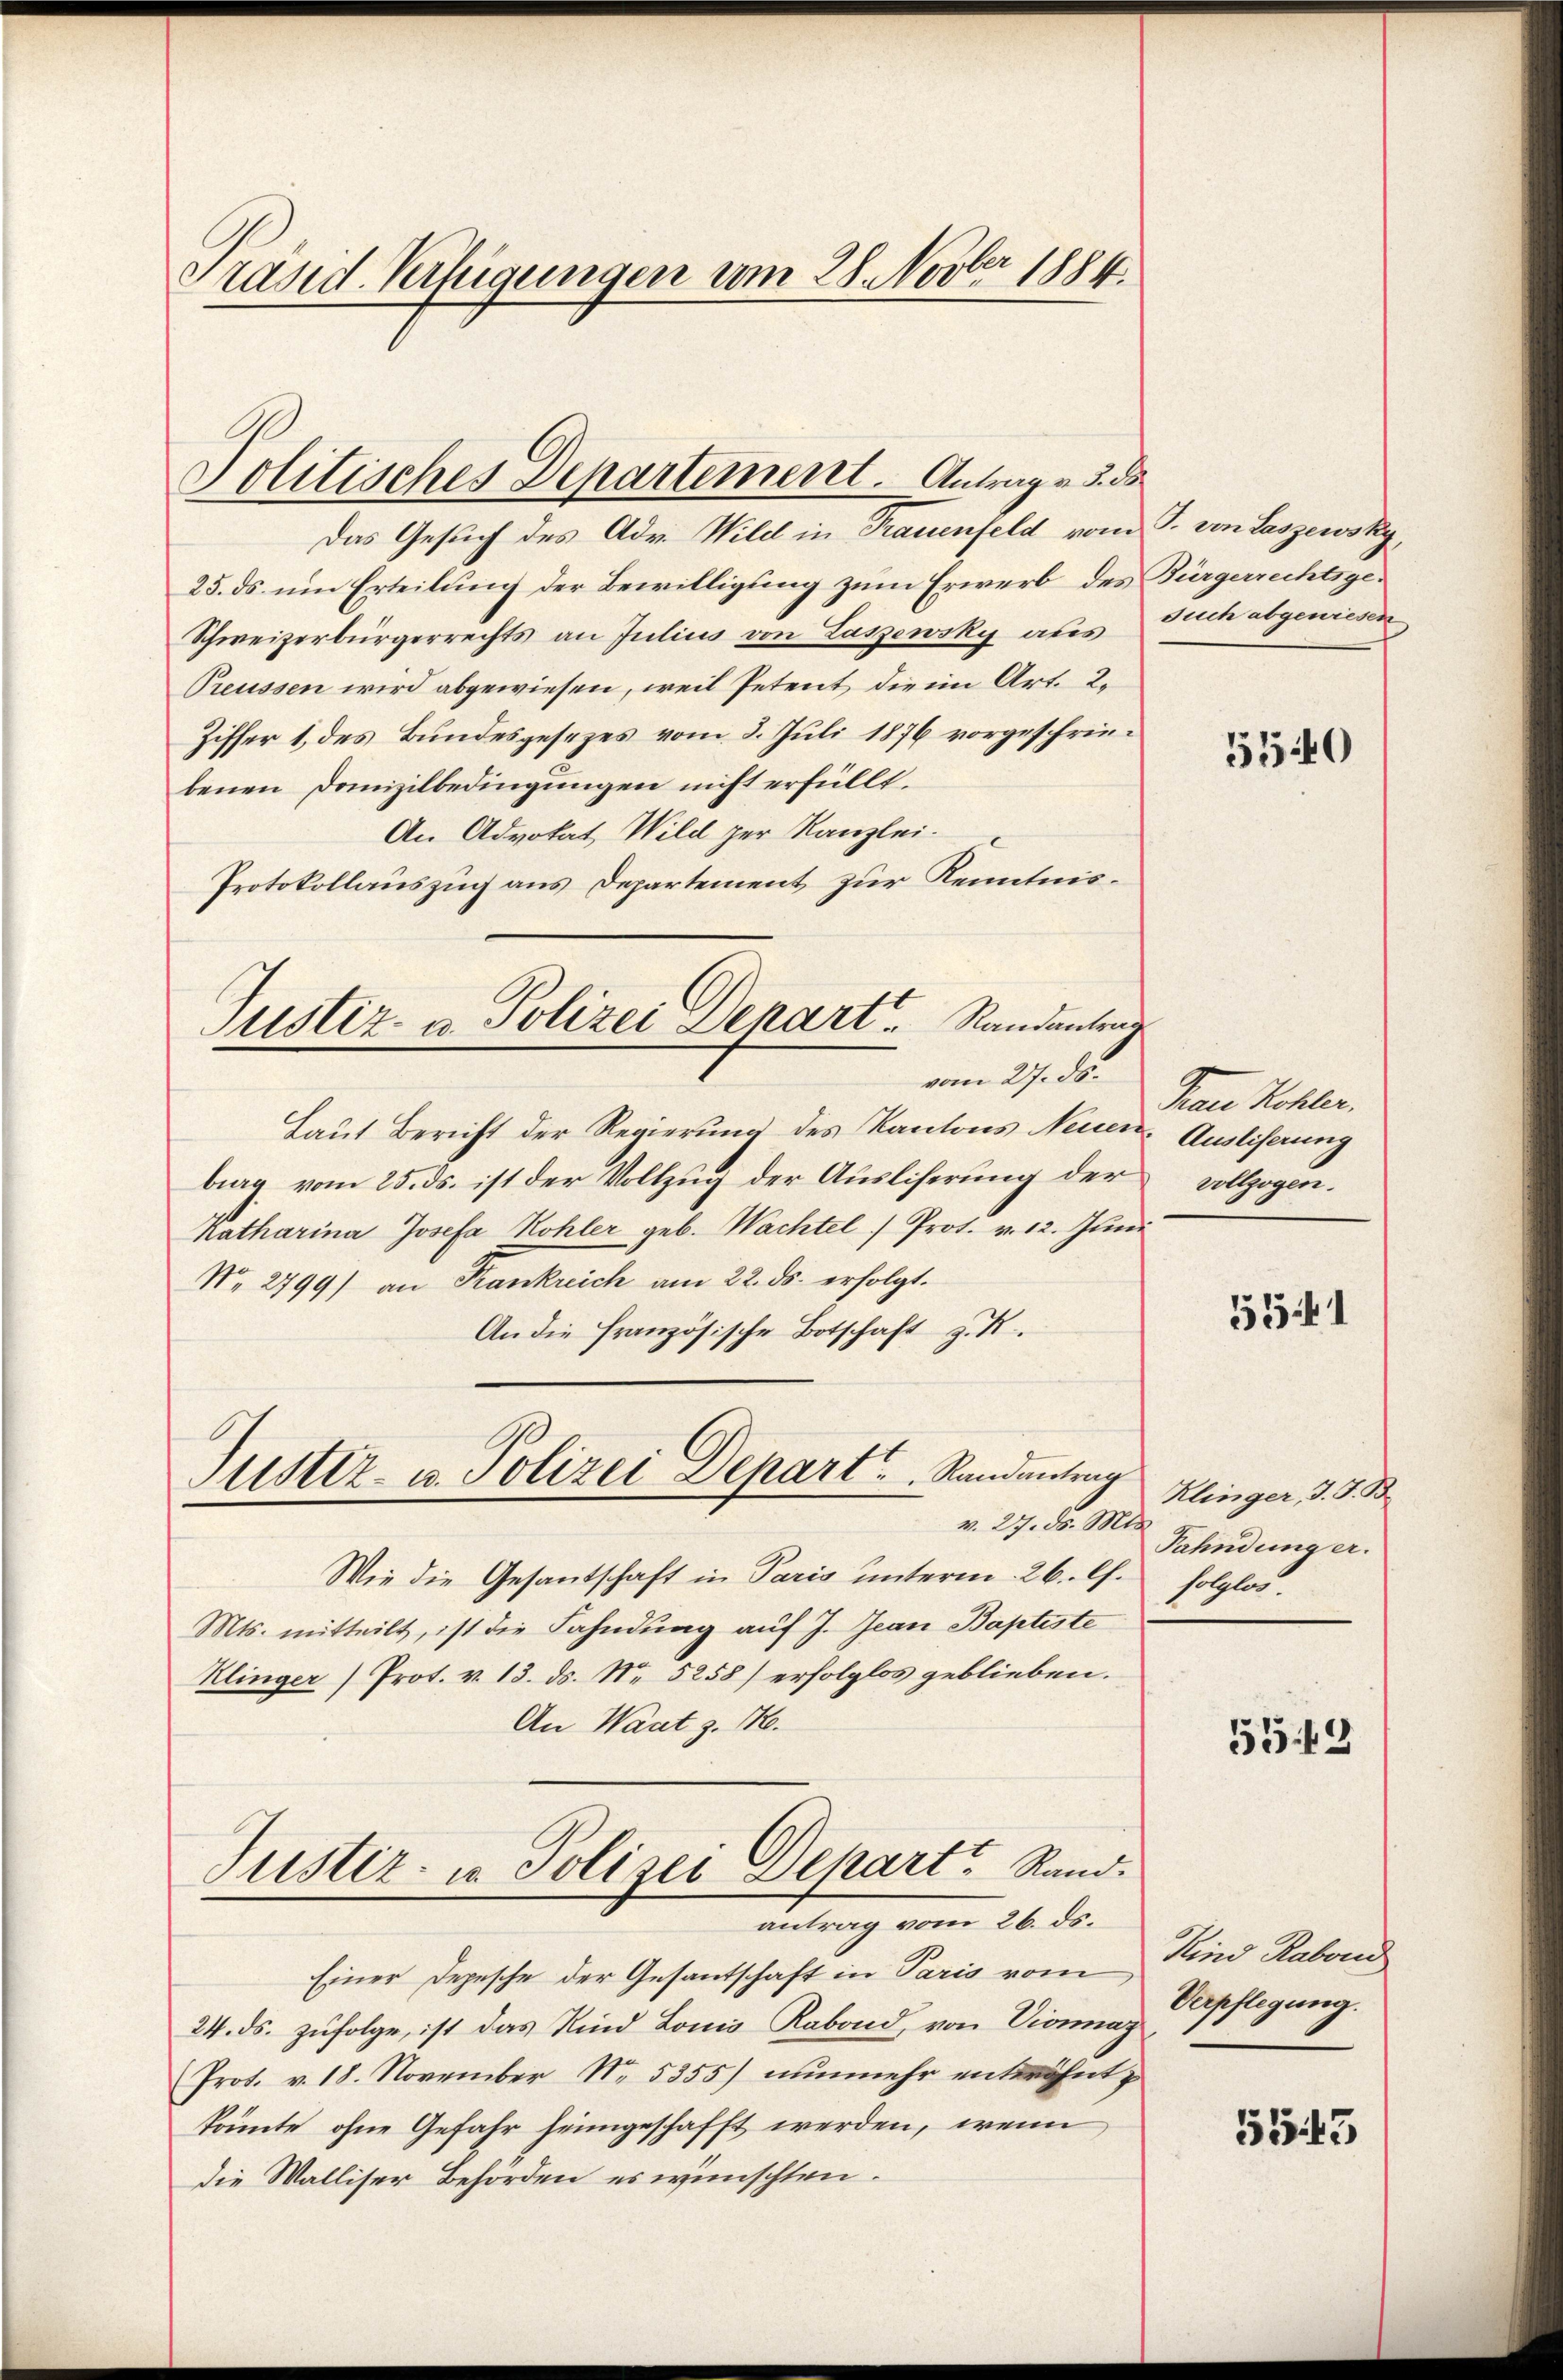
Präsid. Verfügungen am 28. Novber 1884.

Politisches Departement. Antrag v. 3. ds

Das Gesuch des Adv. Wild in Frauenfeld vom J. von Laszewsky,
25. ds. um Erteilung der Bewilligung zum Erwerb des Bürgerrechtsge¬
Schweizerbürgerrechts an Julius von Laszewsky aus
Preussen wird abgewiesen, weil Petent die im Art. 2.
iffer 1, des Bundesgesezes vom 3. Juli 1876 vorgeschriebenen Domizilbedingungen nicht erfüllt.
An Advokat, Wild zur Kanzlei.
Protokollauszug aus Departement zur Kenntnisvom 27. ds.
Laut Bericht der Regierung des Kantons Neuen Ausliserung
brag vom 25. ds. ist der Vollzug der Ausliferung der
Katharina Josefa Kohler geb. Wachtel " Prot. v. 12. Jŭni
No. 2799) an Krankreich am 22. ds. erfolgt.
An die französische Botschaft z. B.
Justiz- u. Polizei Depart.   Randantrag
v. 27. d. Mts.
Wie die Gesantschaft in Paris unterm 26. C. folglos.
Mts. mitteilt, ist die Fahndung auf J. Jean Baptiste
Klinger (Prot. v. 13. ds. No 5258) erfolglos geblieben.
An Waat z. 14.
Tuster- u. Polizei Depart Rand.
antrag vom 26. ds.
Einer Depesche der Gesantschaft in Paris vom
24. ds. zufolge, ist das Kind Louis Kabond, von Vionnaz
Prot. v. 18. November No. 5355) nunmehr entwöhnt,
könnte ohne Gefahr heimgeschafft werden, wenn
die Walliser Behörden es wünschten.

Justiz- u. Polizei Depart Randantrag

such abgewiesen

5540

Prau Kohler.
vollzogen.

5541

Klinger, J. J. B.
Pahndung er.

55. 49

Kind Rabend
Verpflegung.

5543